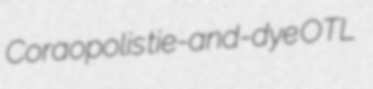
Coraopolis tie-and-dye OTL